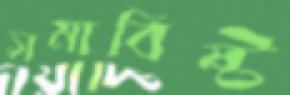
সমাবিষ্ট